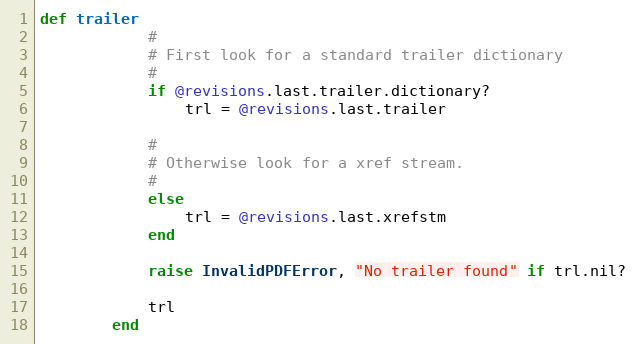
Language: Ruby
def trailer
            #
            # First look for a standard trailer dictionary
            #
            if @revisions.last.trailer.dictionary?
                trl = @revisions.last.trailer

            #
            # Otherwise look for a xref stream.
            #
            else
                trl = @revisions.last.xrefstm
            end

            raise InvalidPDFError, "No trailer found" if trl.nil?

            trl
        end